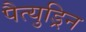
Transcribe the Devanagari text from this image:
पैत्युड्रिन